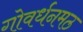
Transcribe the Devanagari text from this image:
गोवर्धनमठ